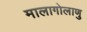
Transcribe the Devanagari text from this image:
मालागोलाणु